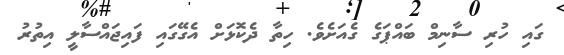
ގައި ހުރި ސާނިމް ބައްޕަގެ ގެއަށެވެ. ހިތާ ދެކޮޅަށް އެގޭގައި ފައިޖައްސާލީ އިތުރު